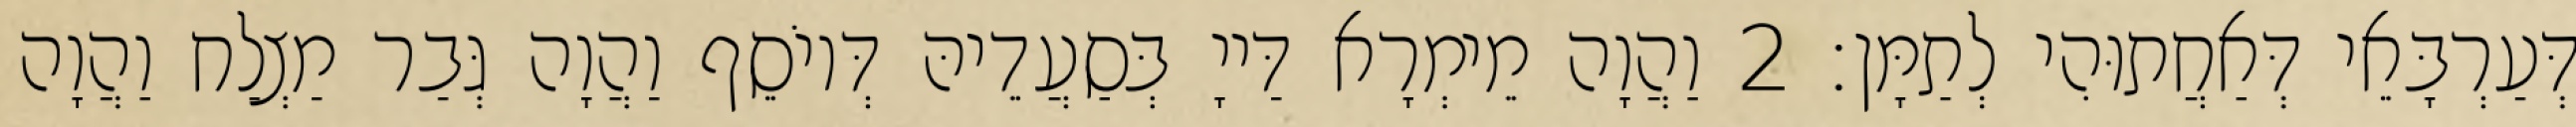
דְּעַרְבָּאֵי דְּאַחֲתוּהִי לְתַמָּן׃ 2 וַהֲוָה מֵימְרָא דַּייָ בְּסַעֲדֵיהּ דְּיוֹסֵף וַהֲוָה גְּבַר מַצְלַח וַהֲוָה